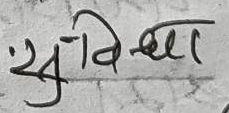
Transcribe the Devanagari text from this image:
सुविधा